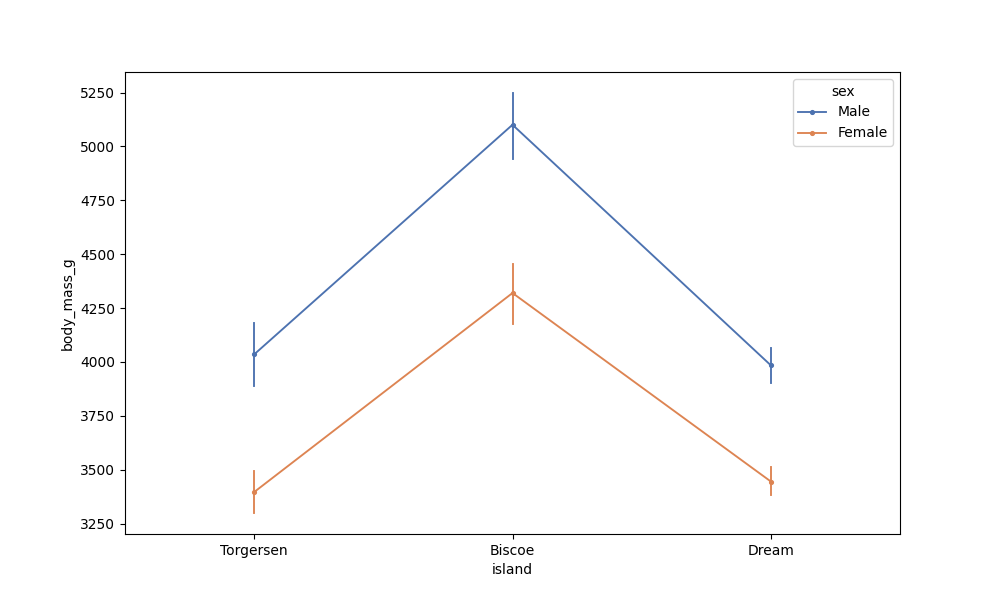
python, seaborn, pointplot, scale=0.5, join=True, hue='sex', palette='deep'